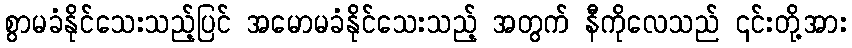
စွာမခံနိုင်သေးသည့်ပြင် အမောမခံနိုင်သေးသည့် အတွက် နီကိုလေသည် ၎င်းတို့အား